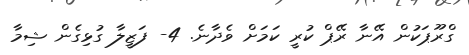
ގްރޫޕަކުން އޭނާ ރޭޕް ކުރީ ކަމަށް ވެދާނެ. 4- ފަޒީލާ ގުޅިގެން ޝިމާ